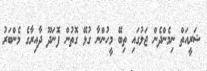
ޝަރީއަތް ނިމެންދެން ޖަލުގައި ތިބޭ މީހުންނާ ގުޅޭ ގޮތުން ފޮނަދޫ ދާއިރާގެ މެންބަރު